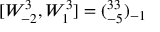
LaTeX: [ W _ { - 2 } ^ { 3 } , W _ { 1 } ^ { 3 } ] = ( \O _ { - 5 } ^ { 3 3 } ) _ { - 1 }